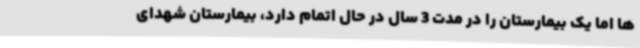
ها اما یک بیمارستان را در مدت 3 سال در حال اتمام دارد، بیمارستان شهدای